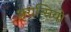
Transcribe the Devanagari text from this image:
अरान्सियो